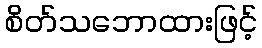
စိတ်သဘောထားဖြင့်